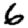
Digit: 6